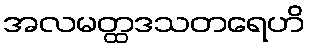
အလမတ္ထဒသတရေဟိ